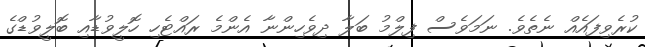
ކުރެވިފައެއް ނެތެވެ. ނަމަވެސް ފިލްމު ބަލާ ދިވެހިންނާ އެންމެ ރައްޓެހި ހޮލީވުޑާއި ބޮލީވުޑްގެ